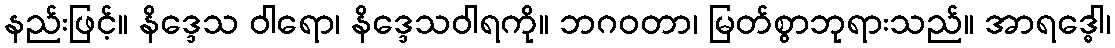
နည်းဖြင့်။ နိဒ္ဒေသ ဝါရော၊ နိဒ္ဒေသဝါရကို။ ဘဂဝတာ၊ မြတ်စွာဘုရားသည်။ အာရဒ္ဓေါ၊